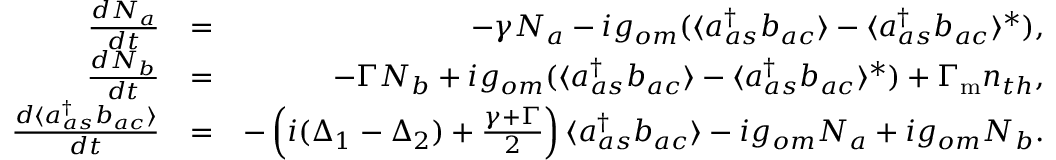
\begin{array} { r l r } { \frac { d N _ { a } } { d t } } & { = } & { - \gamma N _ { a } - i g _ { o m } ( \langle a _ { a s } ^ { \dagger } b _ { a c } \rangle - \langle a _ { a s } ^ { \dagger } b _ { a c } \rangle ^ { * } ) , } \\ { \frac { d N _ { b } } { d t } } & { = } & { - \Gamma N _ { b } + i g _ { o m } ( \langle a _ { a s } ^ { \dagger } b _ { a c } \rangle - \langle a _ { a s } ^ { \dagger } b _ { a c } \rangle ^ { * } ) + \Gamma _ { \mathrm { m } } n _ { t h } , } \\ { \frac { d \langle a _ { a s } ^ { \dagger } b _ { a c } \rangle } { d t } } & { = } & { - \left( i ( \Delta _ { 1 } - \Delta _ { 2 } ) + \frac { \gamma + \Gamma } { 2 } \right) \langle a _ { a s } ^ { \dagger } b _ { a c } \rangle - i g _ { o m } N _ { a } + i g _ { o m } N _ { b } . } \end{array}